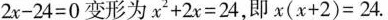
2 x - 2 4 = 0$$变形为$$x ^ { 2 } + 2 x = 2 4$$，即$$x ( x + 2 ) = 2 4$$.